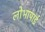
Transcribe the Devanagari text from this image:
लोभापाई